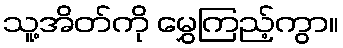
သူ့အိတ်ကို မွှေကြည့်ကွာ။